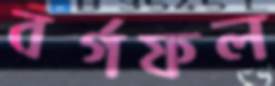
বর্গফল